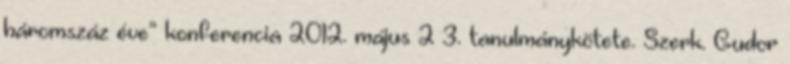
háromszáz éve” konferencia 2012. május 2–3. tanulmánykötete. Szerk. Gudor